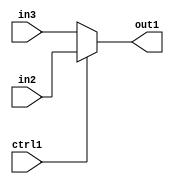
`timescale 1ps / 1ps
/*****************************************************************************
    Verilog RTL Description
    
    
    Created by: Stratus DpOpt 2019.1.01 
*******************************************************************************/

module avg_pool_N_Muxb_1_2_4_4 (
	in3,
	in2,
	ctrl1,
	out1
	); /* architecture "behavioural" */ 
input  in3,
	in2,
	ctrl1;
output  out1;
wire  asc001;

reg [0:0] asc001_tmp_0;
assign asc001 = asc001_tmp_0;
always @ (ctrl1 or in2 or in3) begin
	case (ctrl1)
		1'B1 : asc001_tmp_0 = in2 ;
		default : asc001_tmp_0 = in3 ;
	endcase
end

assign out1 = asc001;
endmodule

/* CADENCE  uLXySAs= : u9/ySgnWtBlWxVPRXgAZ4Og= ** DO NOT EDIT THIS LINE ******/